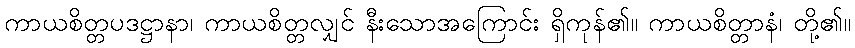
ကာယစိတ္တပဒဋ္ဌာနာ၊ ကာယစိတ္တလျှင် နီးသောအကြောင်း ရှိကုန်၏။ ကာယစိတ္တာနံ၊ တို့၏။